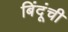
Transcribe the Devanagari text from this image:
बिंदूंची